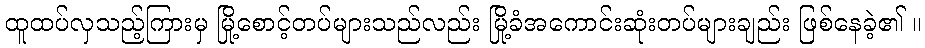
ထူထပ်လှသည့်ကြားမှ မြို့စောင့်တပ်များသည်လည်း မြို့ခံအကောင်းဆုံးတပ်များချည်း ဖြစ်နေခဲ့၏ ။